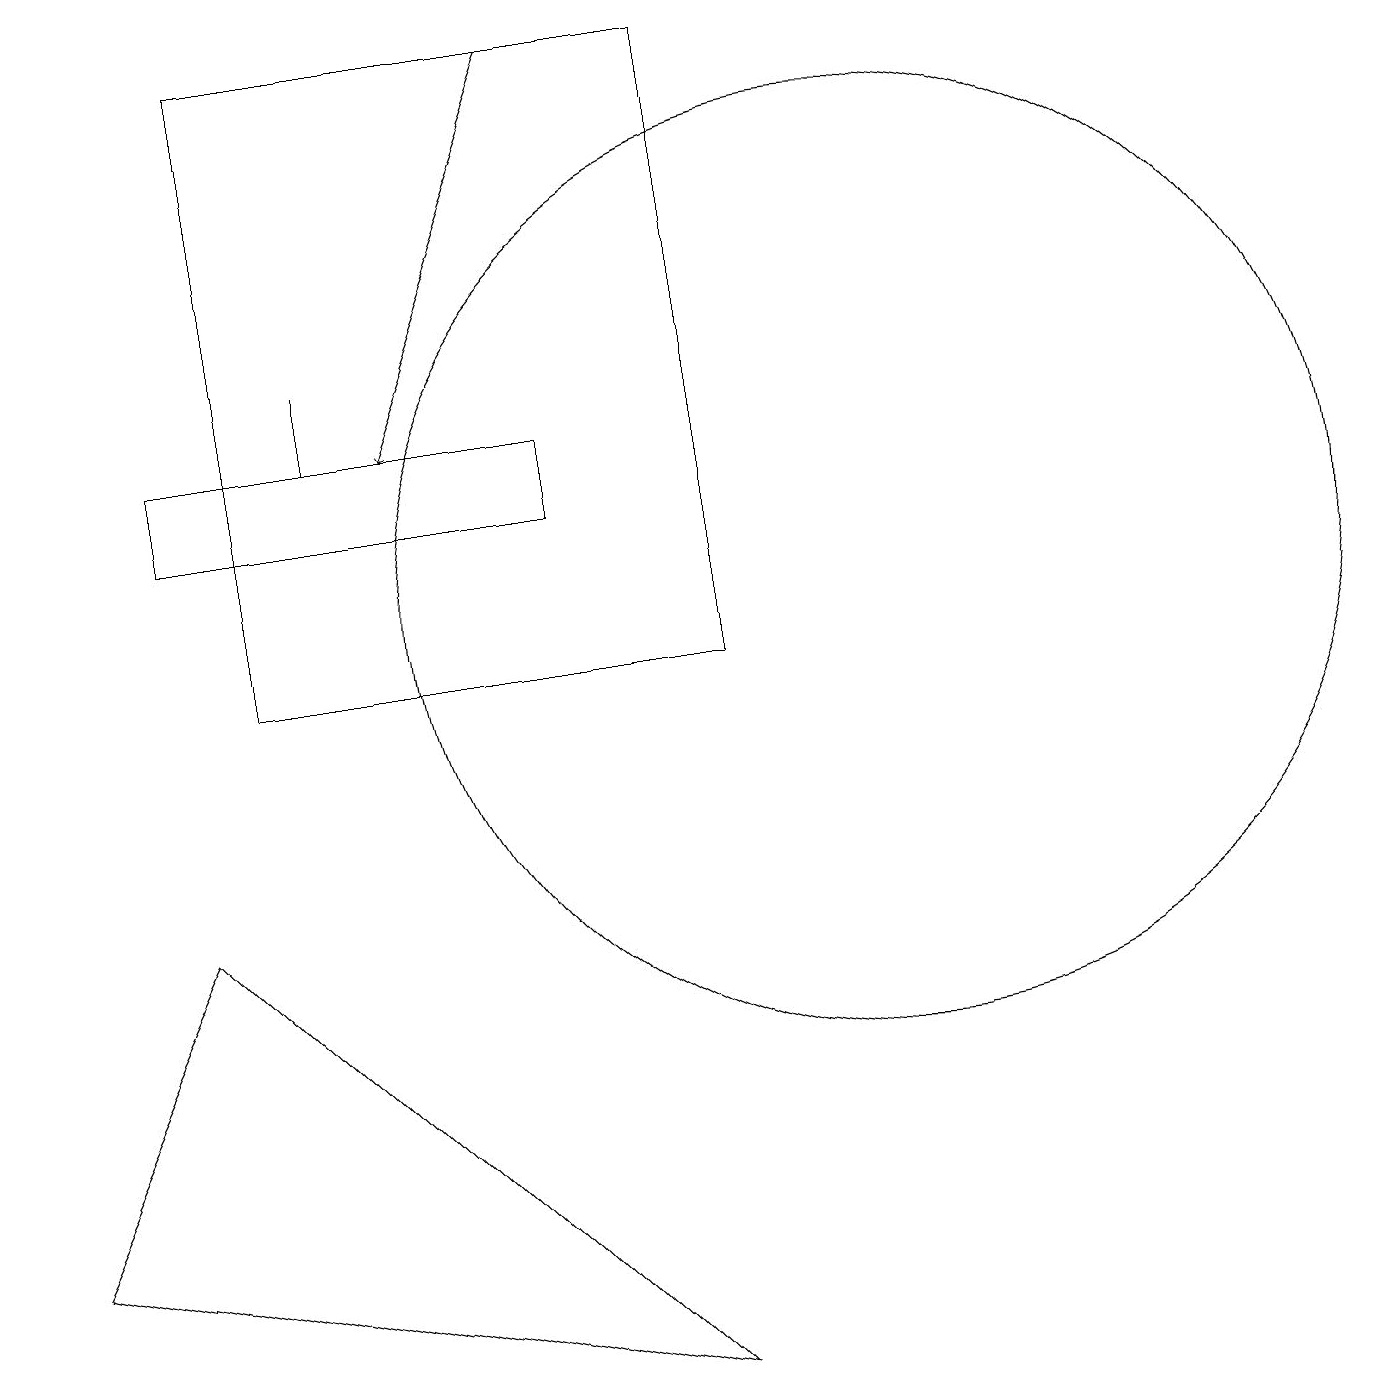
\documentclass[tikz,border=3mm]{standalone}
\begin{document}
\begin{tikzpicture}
\draw (9,10) rectangle (3,18);
\draw[->] (7,18) -- (5,13);
\draw (4,14) rectangle (4,13);
\draw (11,11) circle (6);
\draw (8,1) -- (0,3) -- (2,7) -- cycle;
\draw (2,13) rectangle (7,12);
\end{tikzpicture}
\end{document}